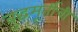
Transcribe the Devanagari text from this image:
बुद्धमूर्तीची